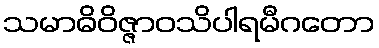
သမာဓိဝိဇ္ဇာဝသိပါရမီဂတော